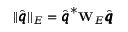
| | \hat { \pmb q } | | _ { E } = \hat { \pmb q } ^ { * } \mathbf { W } _ { E } \hat { \pmb q }